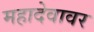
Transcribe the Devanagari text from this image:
महादेवावर